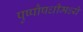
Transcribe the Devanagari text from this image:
पुष्पौषधीमध्ये